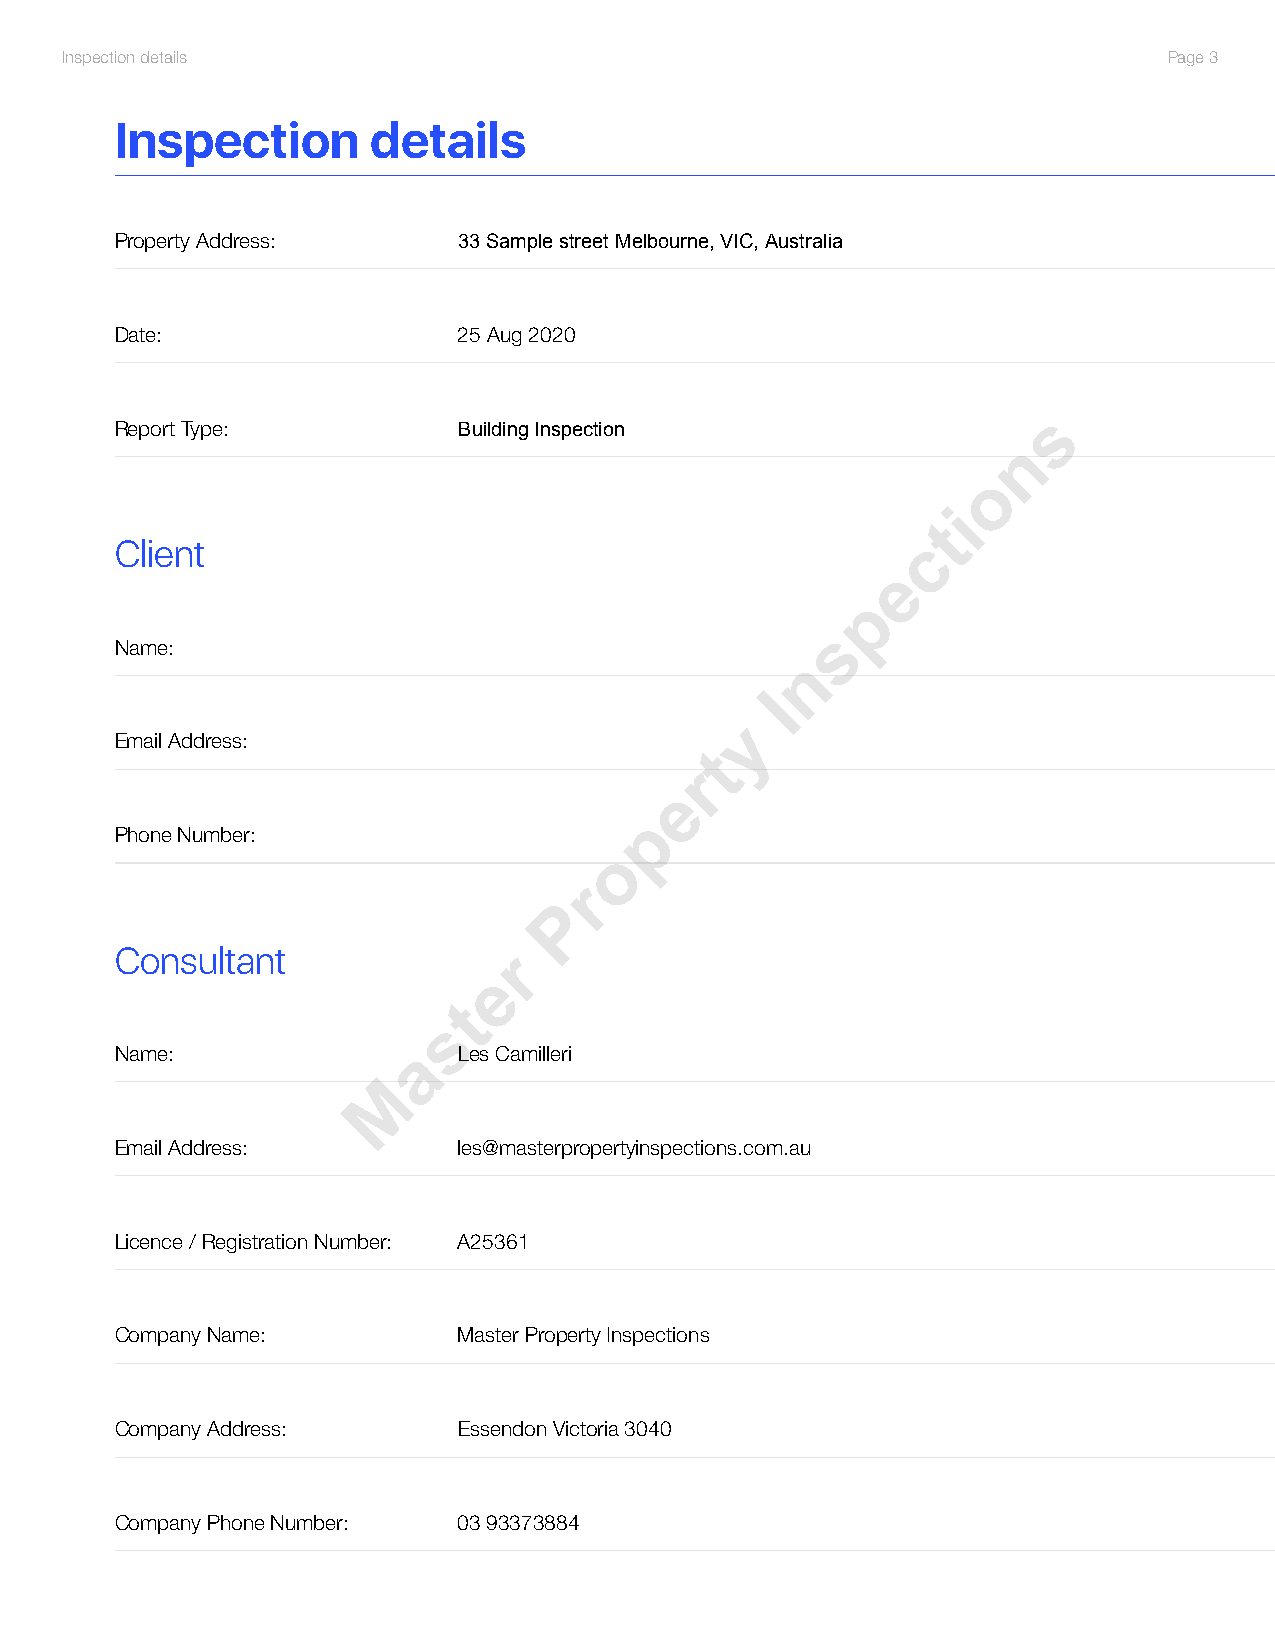
Inspection details                                                       Page 3
 Inspection       details
 Property Address:     U33n iSt a2m10p,l eN sot r2e2e,t BMeenlbt oSutrreneet,, VBIeCn, tAleuigshtr,a VliaIC, Australia
 Date:                 25 Aug 2020
 s
 Report Type:          OBuwilndeinr gB Iunisldpeerc Rtioenport
 n
 o
 i
 t
 c
 Client
 e
 p
 s
 Name:                 Kerstie Reno
 n
 I
 y
 Email Address:        kerstie.renno@live.com.au
 t
 r
 e
 p
 Phone Number:         0429 128 990
 o
 r
 P
 Consultant               r
 e
 t
 s
 Name:              a  Les Camilleri
 M
 Email Address:        les@masterpropertyinspections.com.au
 Licence / Registration Number: A25361
 Company Name:         Master Property Inspections
 Company Address:      Essendon Victoria 3040
 Company Phone Number: 03 93373884